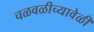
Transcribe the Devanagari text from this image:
चळवळीच्यावेळी